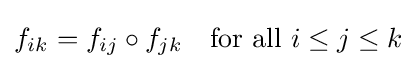
f_{ik}=f_{ij}\circ f_{jk}\quad {\text{for all }}i\leq j\leq k